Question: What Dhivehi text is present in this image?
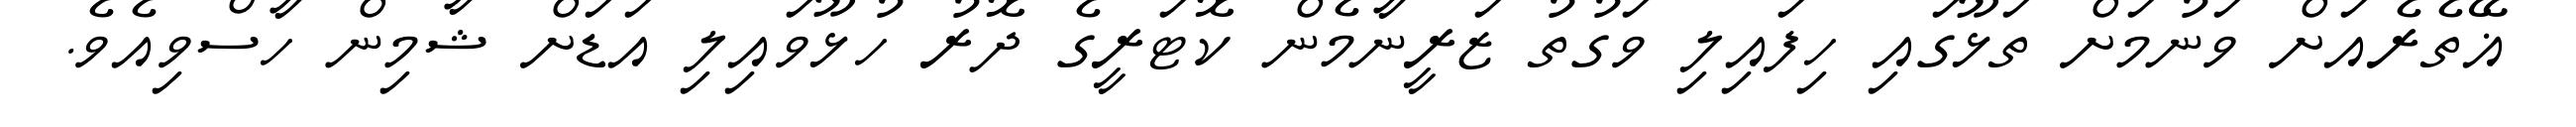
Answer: ޣޭތެރެއަށް ވަނުމަށް ތަޅޫގައި ހިފައިލި ވަގުތު ޒަރީނާމެން ކޮޓަރީގެ ދޮރު ހުޅޫވައިލި އަޑަށް ޝާމިން ހާސްވިއެވެ.